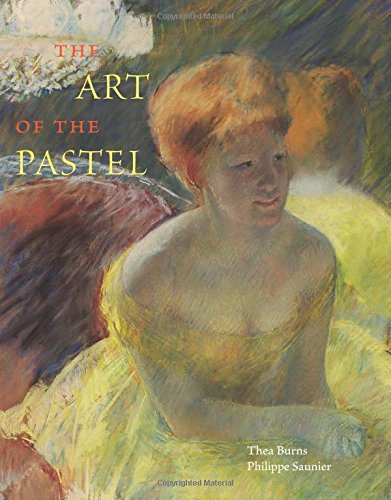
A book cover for The Art of the Pastel; Thea Burns; Arts & Photography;